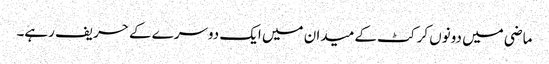
ماضی میں دونوں کرکٹ کے میدان میں ایک دوسرے کے حریف رہے۔